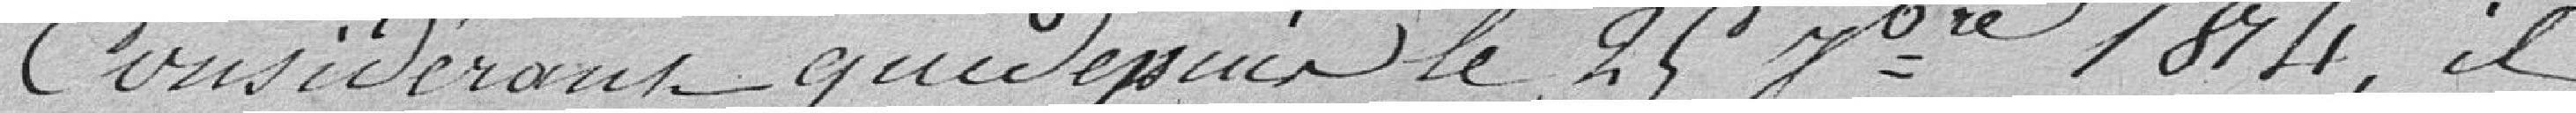
Considérant que depuis le 25 ........ 1814, il